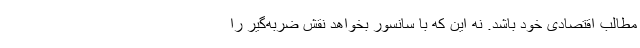
مطالب اقتصادی خود باشد. نه این که با سانسور بخواهد نقش ضربه‌گیر را